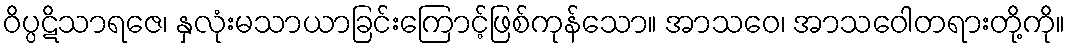
ဝိပ္ပဋိသာရဇေ၊ နှလုံးမသာယာခြင်းကြောင့်ဖြစ်ကုန်သော။ အာသဝေ၊ အာသဝေါတရားတို့ကို။